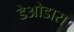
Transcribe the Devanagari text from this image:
डेओडारा